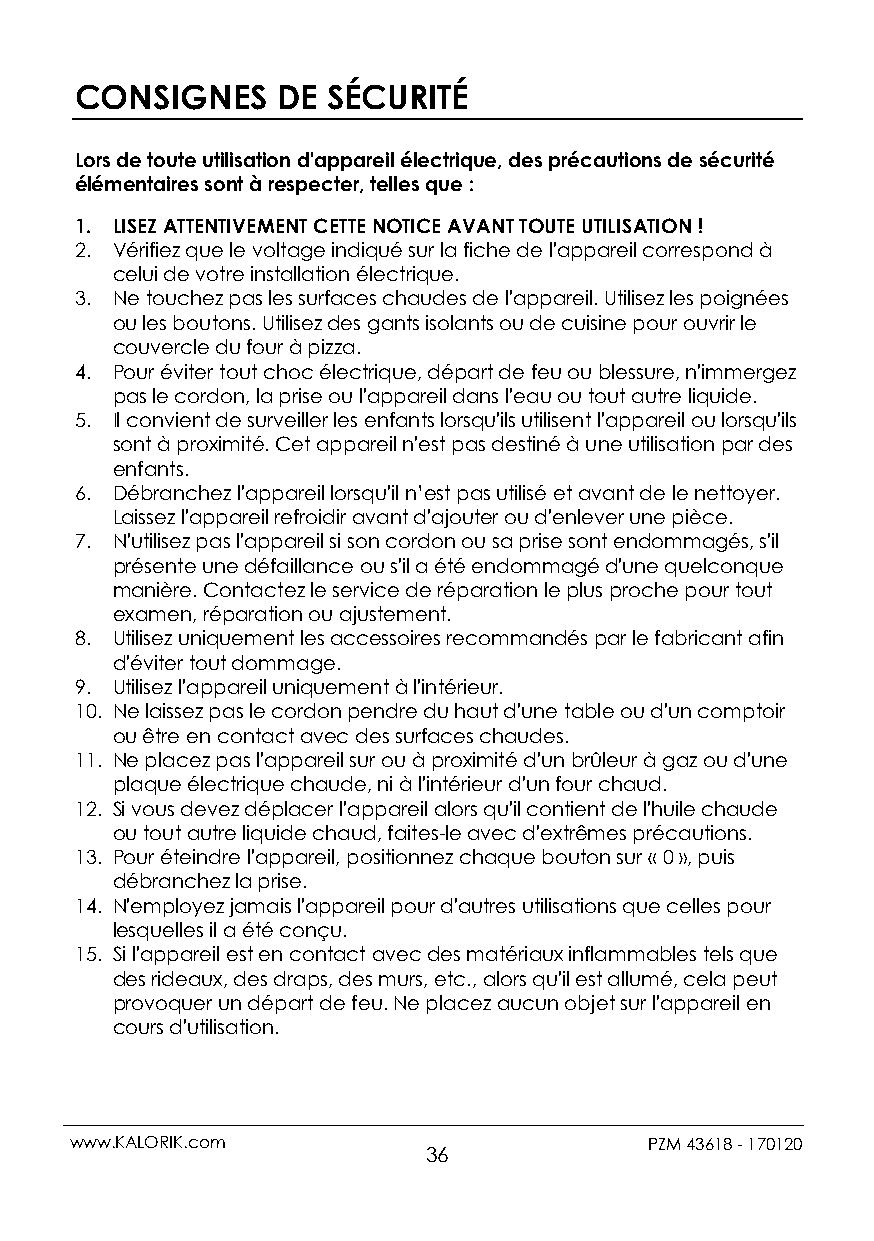
CONSIGNES    DE  SÉCURITÉ
 Lors de toute utilisation d'appareil électrique, des précautions de sécurité
 élémentaires sont à respecter, telles que :
 1. LISEZ ATTENTIVEMENT CETTE NOTICE AVANT TOUTE UTILISATION !
 2. Vérifiez que le voltage indiqué sur la fiche de l'appareil correspond à
 celui de votre installation électrique.
 3. Ne touchez pas les surfaces chaudes de l'appareil. Utilisez les poignées
 ou les boutons. Utilisez des gants isolants ou de cuisine pour ouvrir le
 couvercle du four à pizza.
 4. Pour éviter tout choc électrique, départ de feu ou blessure, n'immergez
 pas le cordon, la prise ou l'appareil dans l'eau ou tout autre liquide.
 5. Il convient de surveiller les enfants lorsqu'ils utilisent l'appareil ou lorsqu'ils
 sont à proximité. Cet appareil n'est pas destiné à une utilisation par des
 enfants.
 6. Débranchez l'appareil lorsqu'il n’est pas utilisé et avant de le nettoyer.
 Laissez l'appareil refroidir avant d'ajouter ou d'enlever une pièce.
 7. N'utilisez pas l'appareil si son cordon ou sa prise sont endommagés, s'il
 présente une défaillance ou s'il a été endommagé d'une quelconque
 manière. Contactez le service de réparation le plus proche pour tout
 examen, réparation ou ajustement.
 8. Utilisez uniquement les accessoires recommandés par le fabricant afin
 d'éviter tout dommage.
 9. Utilisez l'appareil uniquement à l'intérieur.
 10. Ne laissez pas le cordon pendre du haut d'une table ou d'un comptoir
 ou être en contact avec des surfaces chaudes.
 11. Ne placez pas l'appareil sur ou à proximité d'un brûleur à gaz ou d'une
 plaque électrique chaude, ni à l'intérieur d'un four chaud.
 12. Si vous devez déplacer l'appareil alors qu'il contient de l'huile chaude
 ou tout autre liquide chaud, faites-le avec d'extrêmes précautions.
 13. Pour éteindre l'appareil, positionnez chaque bouton sur « 0 », puis
 débranchez la prise.
 14. N'employez jamais l'appareil pour d'autres utilisations que celles pour
 lesquelles il a été conçu.
 15. Si l'appareil est en contact avec des matériaux inflammables tels que
 des rideaux, des draps, des murs, etc., alors qu'il est allumé, cela peut
 provoquer un départ de feu. Ne placez aucun objet sur l'appareil en
 cours d'utilisation.
 www.KALORIK.com                       PZM 43618 - 170120
 36